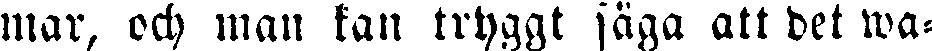
mar, och man kan tryggt säga att det wa-